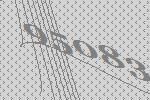
95083